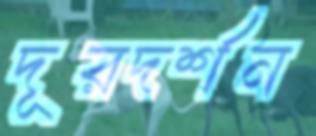
দূরদর্শন